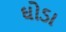
ઘોડા